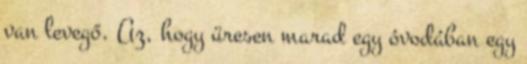
van levegő. Az, hogy üresen marad egy óvodában egy